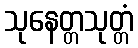
သုနေတ္တသုတ္တံ